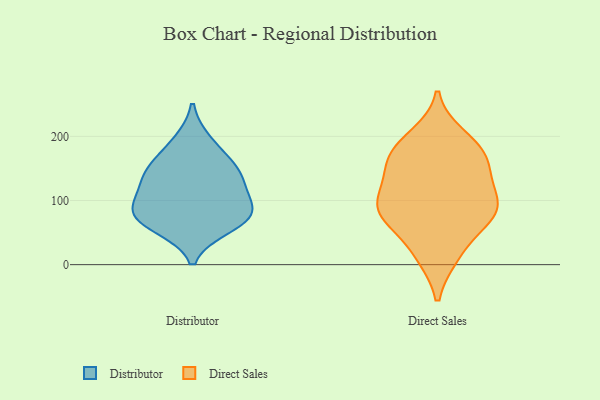
{"axis": {"x": "Customer Acquisition Cost (USD)", "y": "Value"}, "legend": ["Direct Sales", "Distributor"], "data": [{"x": "", "y": 157, "type": "Distributor"}, {"x": "", "y": 93, "type": "Distributor"}, {"x": "", "y": 122, "type": "Distributor"}, {"x": "", "y": 79, "type": "Distributor"}, {"x": "", "y": 192, "type": "Distributor"}, {"x": "", "y": 59, "type": "Distributor"}, {"x": "", "y": 71, "type": "Distributor"}, {"x": "", "y": 131, "type": "Distributor"}, {"x": "", "y": 79, "type": "Distributor"}, {"x": "", "y": 148, "type": "Distributor"}, {"x": "", "y": 200, "type": "Direct Sales"}, {"x": "", "y": 68, "type": "Direct Sales"}, {"x": "", "y": 139, "type": "Direct Sales"}, {"x": "", "y": 82, "type": "Direct Sales"}, {"x": "", "y": 87, "type": "Direct Sales"}, {"x": "", "y": 188, "type": "Direct Sales"}, {"x": "", "y": 109, "type": "Direct Sales"}, {"x": "", "y": 133, "type": "Direct Sales"}, {"x": "", "y": 172, "type": "Direct Sales"}, {"x": "", "y": 14, "type": "Direct Sales"}, {"x": "", "y": 15, "type": "Direct Sales"}, {"x": "", "y": 162, "type": "Direct Sales"}, {"x": "", "y": 89, "type": "Direct Sales"}, {"x": "", "y": 69, "type": "Direct Sales"}, {"x": "", "y": 168, "type": "Direct Sales"}, {"x": "", "y": 90, "type": "Direct Sales"}]}